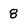
Character: 8